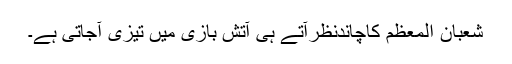
شعبان المعظم کاچاندنظرآتے ہی آتش بازی میں تیزی آجاتی ہے۔